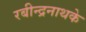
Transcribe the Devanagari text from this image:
रबीन्द्रनाथके